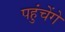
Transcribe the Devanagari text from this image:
पहुंचेंगे